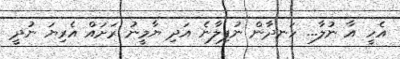
އެހީ އާ ނުލާ... ހަނދާން ނުފިލާނެ އަދި ޔާމީނު ރަށައް އެރިޔަ ނުދީ